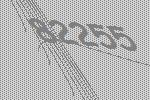
82255